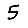
Digit: 5